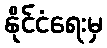
နိုင်ငံရေးမှ